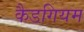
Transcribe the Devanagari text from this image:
कैडगियम